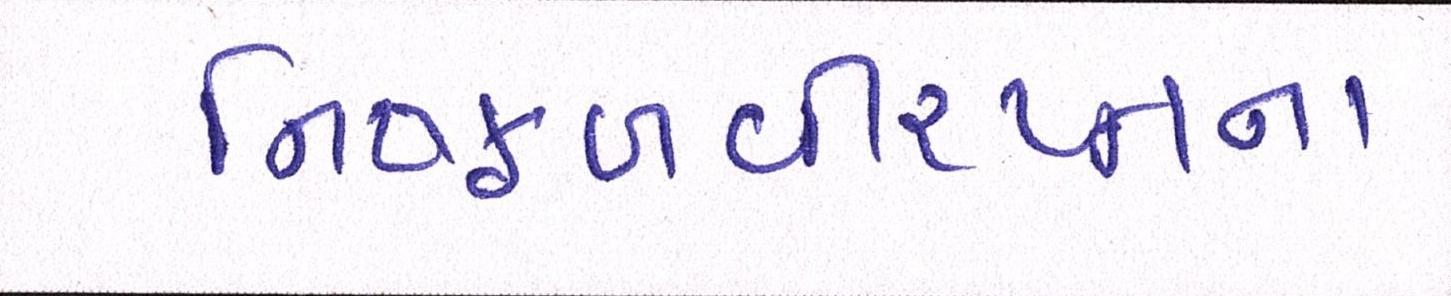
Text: નિષ્ફળવીરપ્પનના